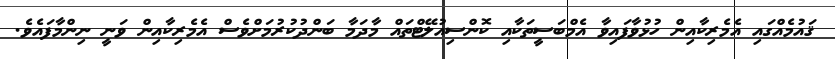
ޤައުމެއްގައި އެމެރިކާއިން ހުޅުވާފައިވާ އެމްބަސީތަކާއި ކޮންސިއުލޭޓްތައް މާދަމާ ބަންދުކުރުމަށްވެސް އެމެރިކާއިން ވަނީ ނިންމާފައެވެ.